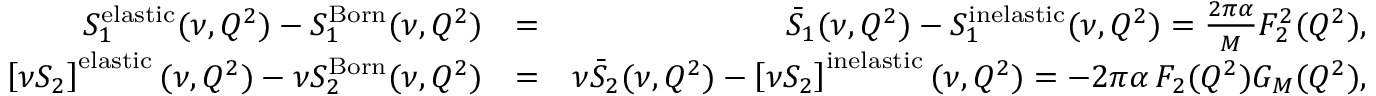
\begin{array} { r l r } { S _ { 1 } ^ { \mathrm { e l a s t i c } } ( \nu , Q ^ { 2 } ) - S _ { 1 } ^ { \mathrm { B o r n } } ( \nu , Q ^ { 2 } ) } & { = } & { \bar { S } _ { 1 } ( \nu , Q ^ { 2 } ) - S _ { 1 } ^ { \mathrm { i n e l a s t i c } } ( \nu , Q ^ { 2 } ) = \frac { 2 \pi \alpha } { M } F _ { 2 } ^ { 2 } ( Q ^ { 2 } ) , } \\ { \left[ \nu S _ { 2 } \right] ^ { \mathrm { e l a s t i c } } ( \nu , Q ^ { 2 } ) - \nu S _ { 2 } ^ { \mathrm { B o r n } } ( \nu , Q ^ { 2 } ) } & { = } & { \nu \bar { S } _ { 2 } ( \nu , Q ^ { 2 } ) - \left[ \nu S _ { 2 } \right] ^ { \mathrm { i n e l a s t i c } } ( \nu , Q ^ { 2 } ) = - 2 \pi \alpha \, F _ { 2 } ( Q ^ { 2 } ) G _ { M } ( Q ^ { 2 } ) , } \end{array}